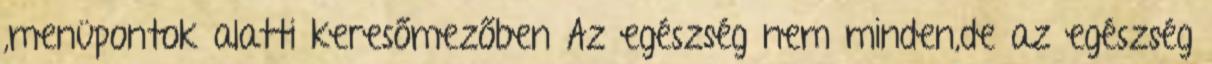
,menüpontok alatti keresőmezőben Az egészség nem minden,de az egészség